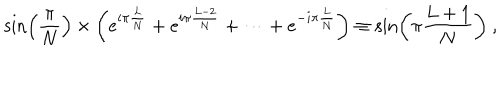
\sin \left( \frac { \pi } { N } \right) \times \left( e ^ { i \pi \frac { L } { N } } + e ^ { i \pi \frac { L - 2 } { N } } + \cdots + e ^ { - i \pi \frac { L } { N } } \right) \equiv \sin \left( \pi \frac { L + 1 } { N } \right) ~ ,